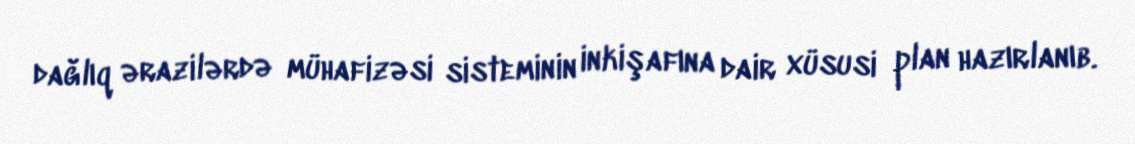
dağlıq ərazilərdə mühafizəsi sisteminin inkişafına dair xüsusi plan hazırlanıb.